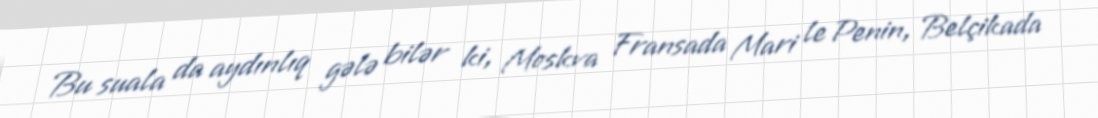
Bu suala da aydınlıq gələ bilər ki, Moskva Fransada Mari le Penin, Belçikada